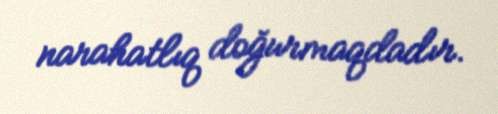
narahatlıq doğurmaqdadır.